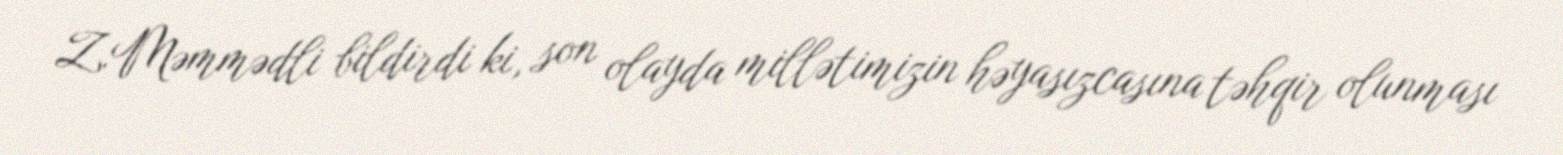
Z.Məmmədli bildirdi ki, son olayda millətimizin həyasızcasına təhqir olunması